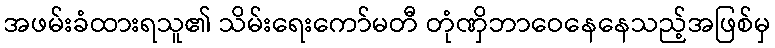
အဖမ်းခံထားရသူ၏ သိမ်းရေးကော်မတီ တုံဏှိဘာဝေနေနေသည့်အဖြစ်မှ